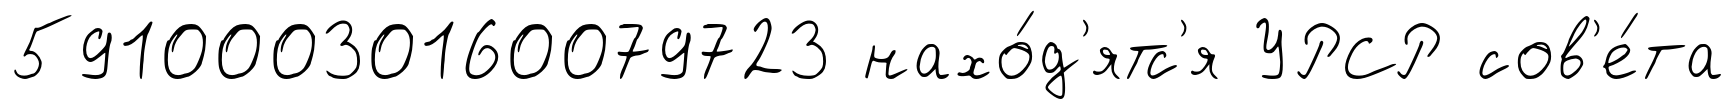
59100030160079723 нахо́д'ятс'я УРСР сов'е́та